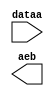
// megafunction wizard: %LPM_COMPARE%VBB%
// GENERATION: STANDARD
// VERSION: WM1.0
// MODULE: LPM_COMPARE 

// ============================================================
// Megafunction Name(s):
// 			LPM_COMPARE
//
// Simulation Library Files(s):
// 			lpm
// ============================================================
// ************************************************************
// THIS IS A WIZARD-GENERATED FILE. DO NOT EDIT THIS FILE!
//
// 18.1.0 Build 625 09/12/2018 SJ Lite Edition
// ************************************************************

//Copyright (C) 2018  Intel Corporation. All rights reserved.
//Your use of Intel Corporation's design tools, logic functions 
//and other software and tools, and its AMPP partner logic 
//functions, and any output files from any of the foregoing 
//(including device programming or simulation files), and any 
//associated documentation or information are expressly subject 
//to the terms and conditions of the Intel Program License 
//Subscription Agreement, the Intel Quartus Prime License Agreement,
//the Intel FPGA IP License Agreement, or other applicable license
//agreement, including, without limitation, that your use is for
//the sole purpose of programming logic devices manufactured by
//Intel and sold by Intel or its authorized distributors.  Please
//refer to the applicable agreement for further details.

module Compare25M (
	dataa,
	aeb);

	input	[25:0]  dataa;
	output	  aeb;

endmodule

// ============================================================
// CNX file retrieval info
// ============================================================
// Retrieval info: PRIVATE: AeqB NUMERIC "1"
// Retrieval info: PRIVATE: AgeB NUMERIC "0"
// Retrieval info: PRIVATE: AgtB NUMERIC "0"
// Retrieval info: PRIVATE: AleB NUMERIC "0"
// Retrieval info: PRIVATE: AltB NUMERIC "0"
// Retrieval info: PRIVATE: AneB NUMERIC "0"
// Retrieval info: PRIVATE: INTENDED_DEVICE_FAMILY STRING "Cyclone V"
// Retrieval info: PRIVATE: LPM_PIPELINE NUMERIC "0"
// Retrieval info: PRIVATE: Latency NUMERIC "0"
// Retrieval info: PRIVATE: PortBValue NUMERIC "25000000"
// Retrieval info: PRIVATE: Radix NUMERIC "10"
// Retrieval info: PRIVATE: SYNTH_WRAPPER_GEN_POSTFIX STRING "0"
// Retrieval info: PRIVATE: SignedCompare NUMERIC "0"
// Retrieval info: PRIVATE: aclr NUMERIC "0"
// Retrieval info: PRIVATE: clken NUMERIC "0"
// Retrieval info: PRIVATE: isPortBConstant NUMERIC "1"
// Retrieval info: PRIVATE: nBit NUMERIC "26"
// Retrieval info: PRIVATE: new_diagram STRING "1"
// Retrieval info: LIBRARY: lpm lpm.lpm_components.all
// Retrieval info: CONSTANT: LPM_HINT STRING "ONE_INPUT_IS_CONSTANT=YES"
// Retrieval info: CONSTANT: LPM_REPRESENTATION STRING "UNSIGNED"
// Retrieval info: CONSTANT: LPM_TYPE STRING "LPM_COMPARE"
// Retrieval info: CONSTANT: LPM_WIDTH NUMERIC "26"
// Retrieval info: USED_PORT: aeb 0 0 0 0 OUTPUT NODEFVAL "aeb"
// Retrieval info: USED_PORT: dataa 0 0 26 0 INPUT NODEFVAL "dataa[25..0]"
// Retrieval info: CONNECT: @dataa 0 0 26 0 dataa 0 0 26 0
// Retrieval info: CONNECT: @datab 0 0 26 0 25000000 0 0 26 0
// Retrieval info: CONNECT: aeb 0 0 0 0 @aeb 0 0 0 0
// Retrieval info: GEN_FILE: TYPE_NORMAL Compare25M.v TRUE
// Retrieval info: GEN_FILE: TYPE_NORMAL Compare25M.inc TRUE
// Retrieval info: GEN_FILE: TYPE_NORMAL Compare25M.cmp TRUE
// Retrieval info: GEN_FILE: TYPE_NORMAL Compare25M.bsf TRUE
// Retrieval info: GEN_FILE: TYPE_NORMAL Compare25M_inst.v TRUE
// Retrieval info: GEN_FILE: TYPE_NORMAL Compare25M_bb.v TRUE
// Retrieval info: LIB_FILE: lpm